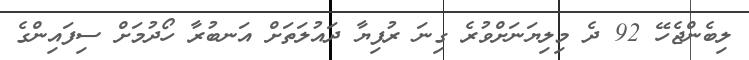
ލިބެންޖެހޭ 92 ދެ މިލިޔަނަށްވުރެ ގިނަ ރުފިޔާ ދައުލަތަށް އަނބުރާ ހޯދުމަށް ސިފައިންގެ